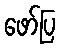
ဖော်ပြ